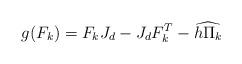
LaTeX: \begin{align*} g(F_k) = F_kJ_d-J_d F_k^T-\widehat{h\Pi_k}\end{align*}